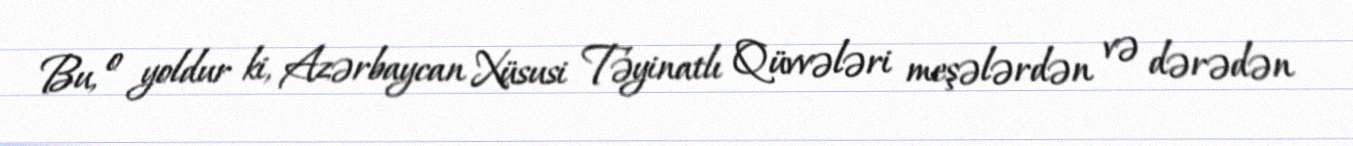
Bu, o yoldur ki, Azərbaycan Xüsusi Təyinatlı Qüvvələri meşələrdən və dərədən